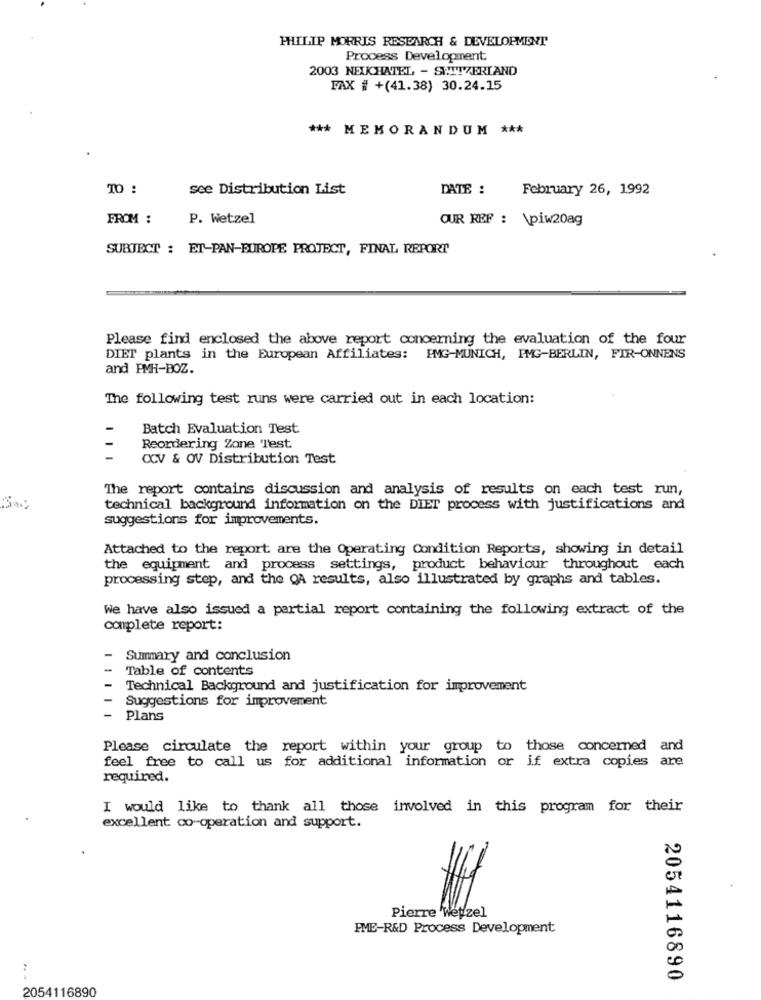
PHILIP MORRIS RESEARCH & DEVELOPMENT
Process Development
2003 NEUCHATEL - SWITZERLAND
FAX # +(41.38) 30.24.15
*** MEMORANDUM ***
TO :
see Distribution List
DATE :
February 26, 1992
FROM :
P. Wetzel
OUR REF : \piw20ag
SUBJECT : ET-PAN-EUROPE PROJECT, FINAL REPORT
Please find enclosed the above report concerning the evaluation of the four
DIET plants in the European Affiliates: IMG-MUNICH, IMG-BERLIN, FIR-ONNENS
and PMH-BOZ.
The following test runs were carried out in each location:
Batch Evaluation Test
Reordering Zone 'Test
CCV & OV Distribution Test
The report contains discussion and analysis of results on each test run,
technical background information on the DIET process with justifications and
suggestions for improvements.
Attached to the report are the Operating Condition Reports, showing in detail
the equipment and process settings, product behaviour throughout each
processing step, and the QA results, also illustrated by graphs and tables.
We have also issued a partial report containing the following extract of the
complete report:
Summary and conclusion
Table of contents
Technical Background and justification for improvement
Suggestions for improvement
Plans
Please circulate the report within your group to those concerned and
feel free to call us for additional information or if extra copies are
required.
I would like to thank all those involved in this program for their
excellent co-operation and support.
Pierre 'Wetzel
PME-R&D Process Development
2054116890
2054116890